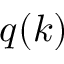
q ( k )